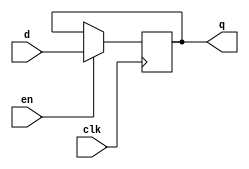
module dff(d,clk,en,q);
  
  input d,clk,en;
  output reg q;
  
  always@(posedge clk)
  begin
    if (en)
      q<=d;
      
  end
  
endmodule